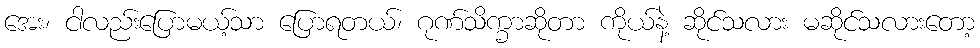
အေး၊ ငါလည်းပြောမယ့်သာ ပြောရတယ်၊ ဂုဏ်သိက္ခာဆိုတာ ကိုယ်နဲ့ ဆိုင်သလား မဆိုင်သလားတော့